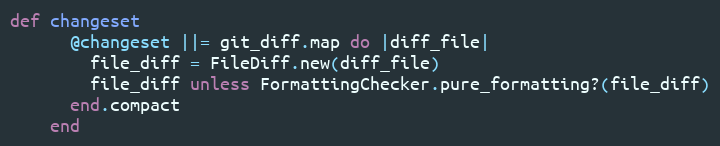
Language: Ruby
def changeset
      @changeset ||= git_diff.map do |diff_file|
        file_diff = FileDiff.new(diff_file)
        file_diff unless FormattingChecker.pure_formatting?(file_diff)
      end.compact
    end